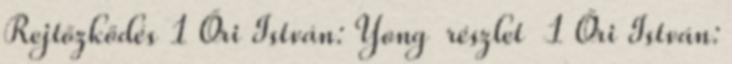
Rejtőzködés 1 Őri István: Yong részlet 1 Őri István: